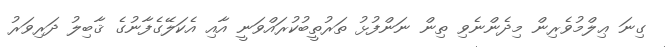
ގިނަ ޢިލްމުވެރިން މިދެންނެވި ތިން ނަންފުޅު ތަރުތީބުކުރައްވަނީ އާއި އެކަލޭގެފާނުގެ ޤާބިލު ދަރިވަރު